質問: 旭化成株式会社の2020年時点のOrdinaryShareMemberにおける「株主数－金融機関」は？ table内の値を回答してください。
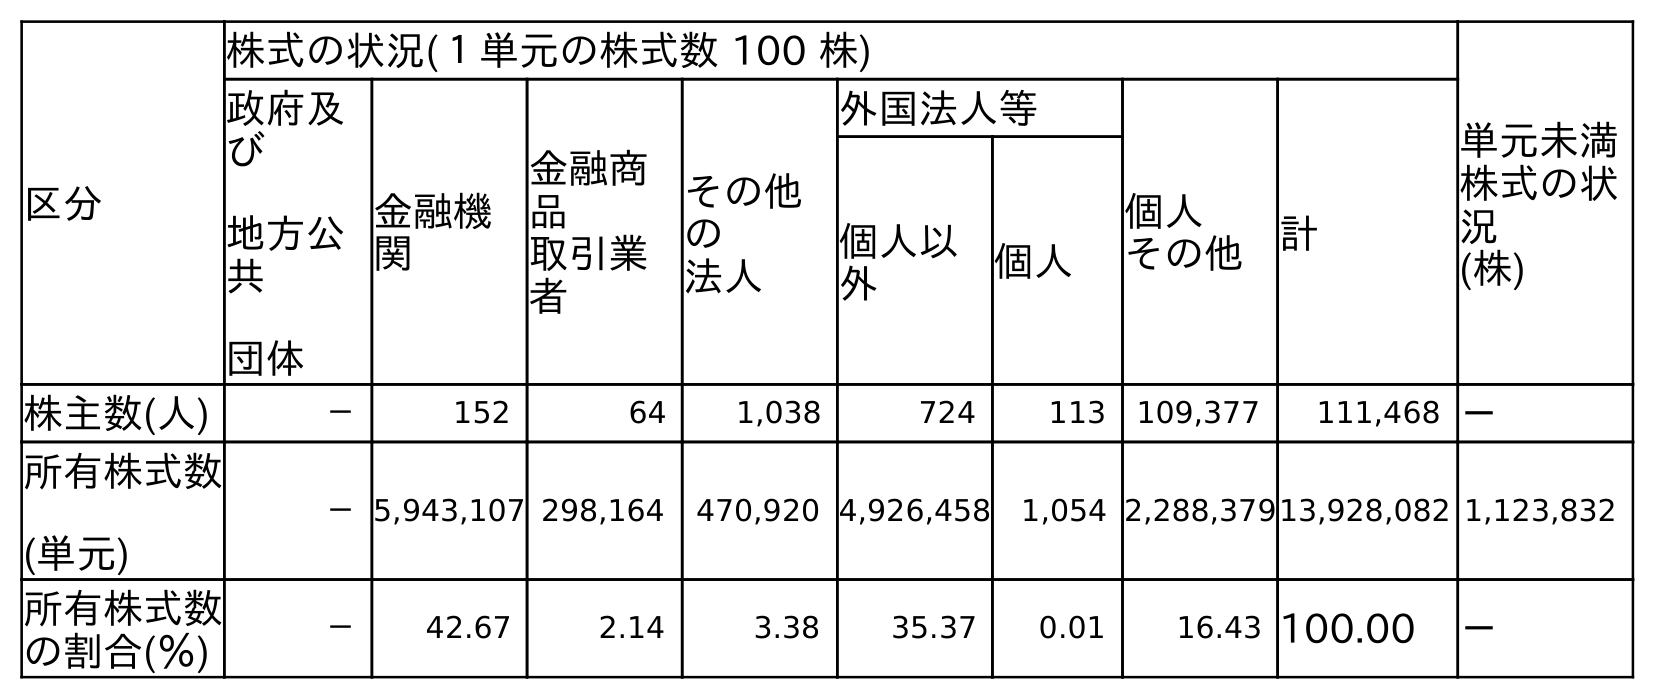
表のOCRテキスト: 区分 株式の状況(１単元の株式数 100 株) 単元未満 株式の状 況 (株) 政府及 び 地方公 共 団体 金融機 関 金融商 品 取引業 者 その他 の 法人 外国法人等 個人 その他 計 個人以 外 個人 株主数(人) － 152 64 1,038 724 113 109,377 111,468 － 所有株式数 (単元) －5,943,107 298,164 470,920 4,926,458 1,054 2,288,37913,928,082 1,123,832 所有株式数 の割合(％) － 42.67 2.14 3.38 35.37 0.01 16.43 100.00 －
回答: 152